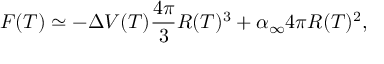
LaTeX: F ( T ) \simeq - \Delta V ( T ) \frac { 4 \pi } { 3 } R ( T ) ^ { 3 } + \alpha _ { \infty } 4 \pi R ( T ) ^ { 2 } ,